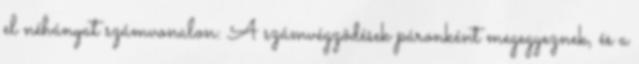
el néhányat számvonalon: A számvégzôdések páronként megegyeznek, és a